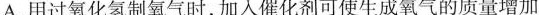
A.用过氧化氢制氧气时，加入催化剂可使生成氧气的质量增加